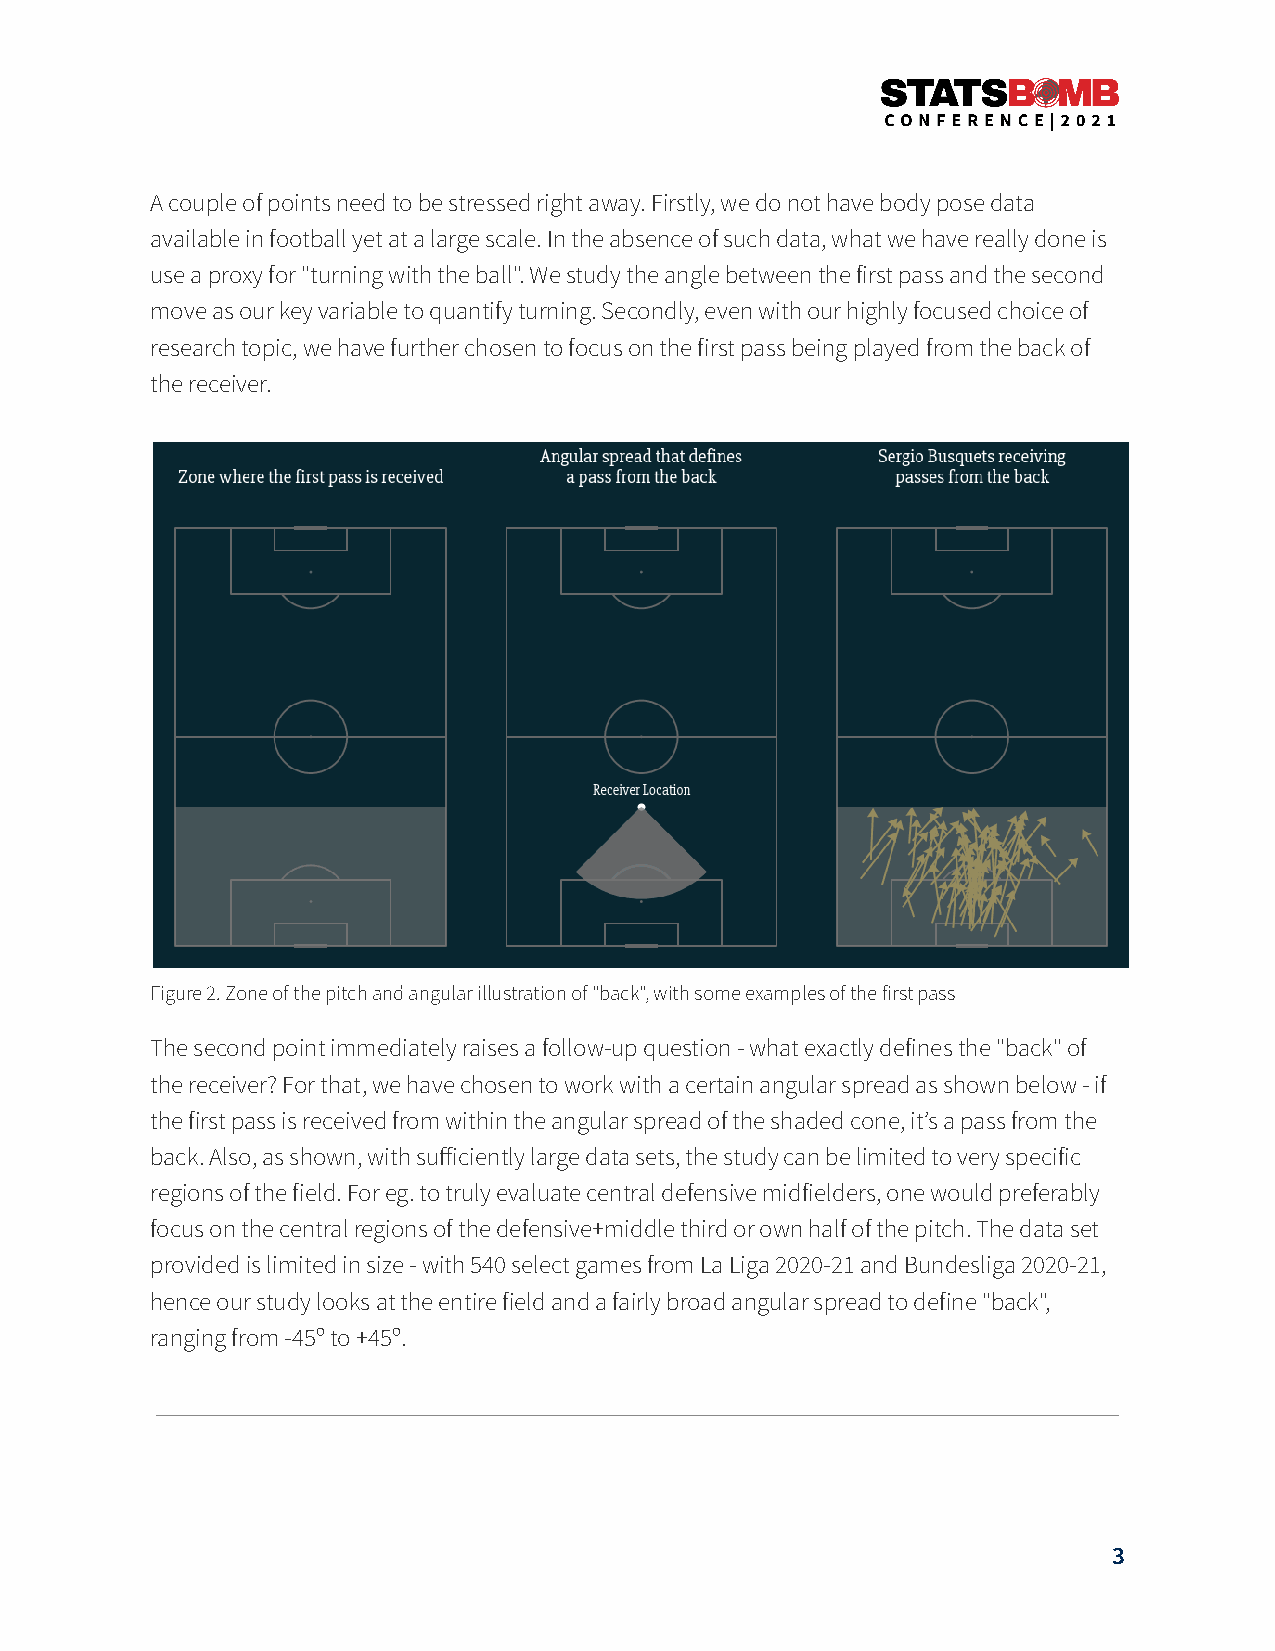
A couple of points need to be stressed right away. Firstly, we do not have body pose data
 available in football yet at a large scale. In the absence of such data, what we have really done is
 use a proxy for "turning with the ball". We study the angle between the first pass and the second
 move as our key variable to quantify turning. Secondly, even with our highly focused choice of
 research topic, we have further chosen to focus on the first pass being played from the back of
 the receiver.
 Figure 2. Zone of the pitch and angular illustration of "back", with some examples of the first pass
 The second point immediately raises a follow-up question - what exactly defines the "back" of
 the receiver? For that, we have chosen to work with a certain angular spread as shown below - if
 the first pass is received from within the angular spread of the shaded cone, itʼs a pass from the
 back. Also, as shown, with sufficiently large data sets, the study can be limited to very specific
 regions of the field. For eg. to truly evaluate central defensive midfielders, one would preferably
 focus on the central regions of the defensive+middle third or own half of the pitch. The data set
 provided is limited in size - with 540 select games from La Liga 2020-21 and Bundesliga 2020-21,
 hence our study looks at the entire field and a fairly broad angular spread to define "back",
 ranging from -45º to +45º.
 3